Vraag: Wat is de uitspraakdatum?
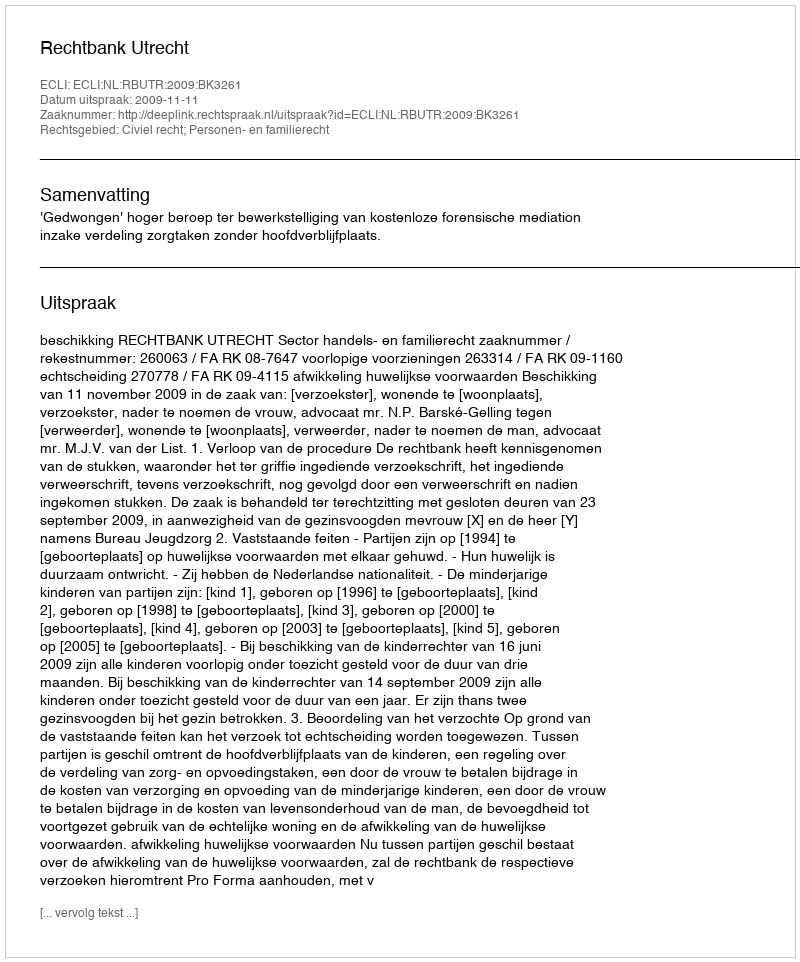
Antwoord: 2009-11-11